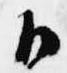
御